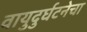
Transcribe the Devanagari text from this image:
वायुदुर्घटनेचा